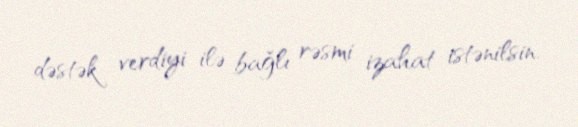
dəstək verdiyi ilə bağlı rəsmi izahat istənilsin.